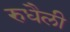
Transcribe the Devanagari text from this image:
रुधैली